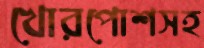
খোরপোশসহ